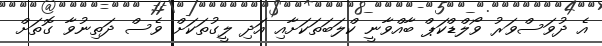
އެ ދުވަސްވަރު ވޯލްޑްކަޕް ބާއްވާނީ ކްލަބަތަކަށާއި އަދި ލީގުތަކަށް ވެސް ދަތިނުވާ ގޮތަށް